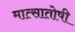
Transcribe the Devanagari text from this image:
मात्सातोषी